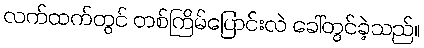
လက်ထက်တွင် တစ်ကြိမ်ပြောင်းလဲ ခေါ်တွင်ခဲ့သည်။